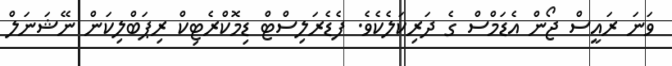
ވަނަ ރައީސް ޖޯން އެޑަމްސް ގެ ދަރިކަލެކެވެ. ފެޑެރަލިސްޓް ޑިމޮކްރެޓިކް ރިޕަބްލިކަން ނޭޝަނަލް